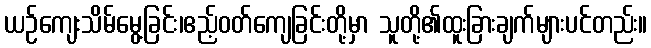
ယဉ်ကျေးသိမ်မွေ့ခြင်း၊ဧည့်ဝတ်ကျေခြင်းတို့မှာ သူတို့၏ထူးခြားချက်များပင်တည်း။